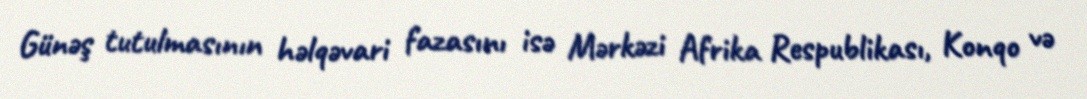
Günəş tutulmasının həlqəvari fazasını isə Mərkəzi Afrika Respublikası, Konqo və